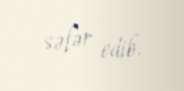
səfər edib.